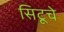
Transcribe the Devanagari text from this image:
सिटूचे